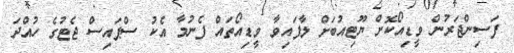
ފަސިންޖަރުން ވީޑިއޯކޮށް ޔޫޓިއުބަށް ލާފައިވާ ވީޑިއޯތައް ފެނުމާ އެކު ސްޕައިސް ޖެޓުގެ ހުއްދަ